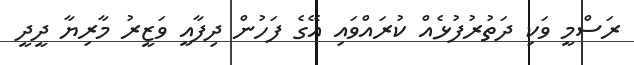
ރަސްމީ ވަކި ދަތުރުފުޅެއް ކުރައްވައި އޭގެ ފަހުން ދިފާއީ ވަޒީރު މާރިޔާ ދީދީ